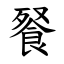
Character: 䬸